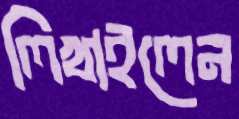
লিখাইলেন